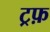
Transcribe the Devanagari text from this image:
ट्रफ़